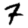
Digit: 7